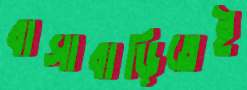
বাসাবাড়িতেই